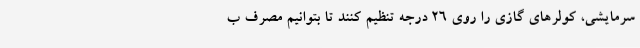
سرمایشی، کولرهای گازی را روی ۲۶ درجه تنظیم کنند تا بتوانیم مصرف ب